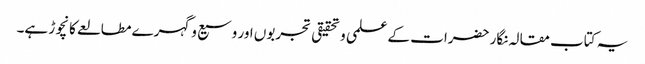
یہ کتاب مقالہ نگار حضرات کے علمی وتحقیقی تجربوں اور وسیع وگہرے مطالعے کا نچوڑ ہے۔